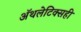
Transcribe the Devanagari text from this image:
ॲथलेटिक्सही